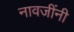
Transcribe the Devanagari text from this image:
नावजींनी